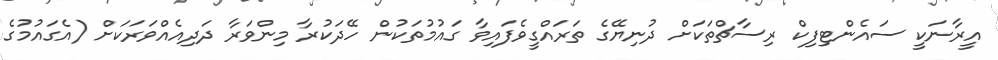
އީރާނަކީ ސައެންޓިފިކް ރިސާޗްތަކަށް ދުނިޔޭގެ ތަރައްގީވެފައިވާ ގައުމުތަކުން ހޭދަކުރާ މިންވަރާ ދަދިއެއްވަރަކަށް (އެގައުމުގެ